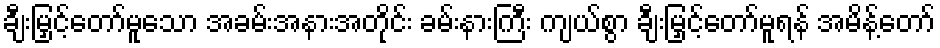
ချီးမြှင့်တော်မူသော အခမ်းအနားအတိုင်း ခမ်းနားကြီး ကျယ်စွာ ချီးမြှင့်တော်မူရန် အမိန့်တော်